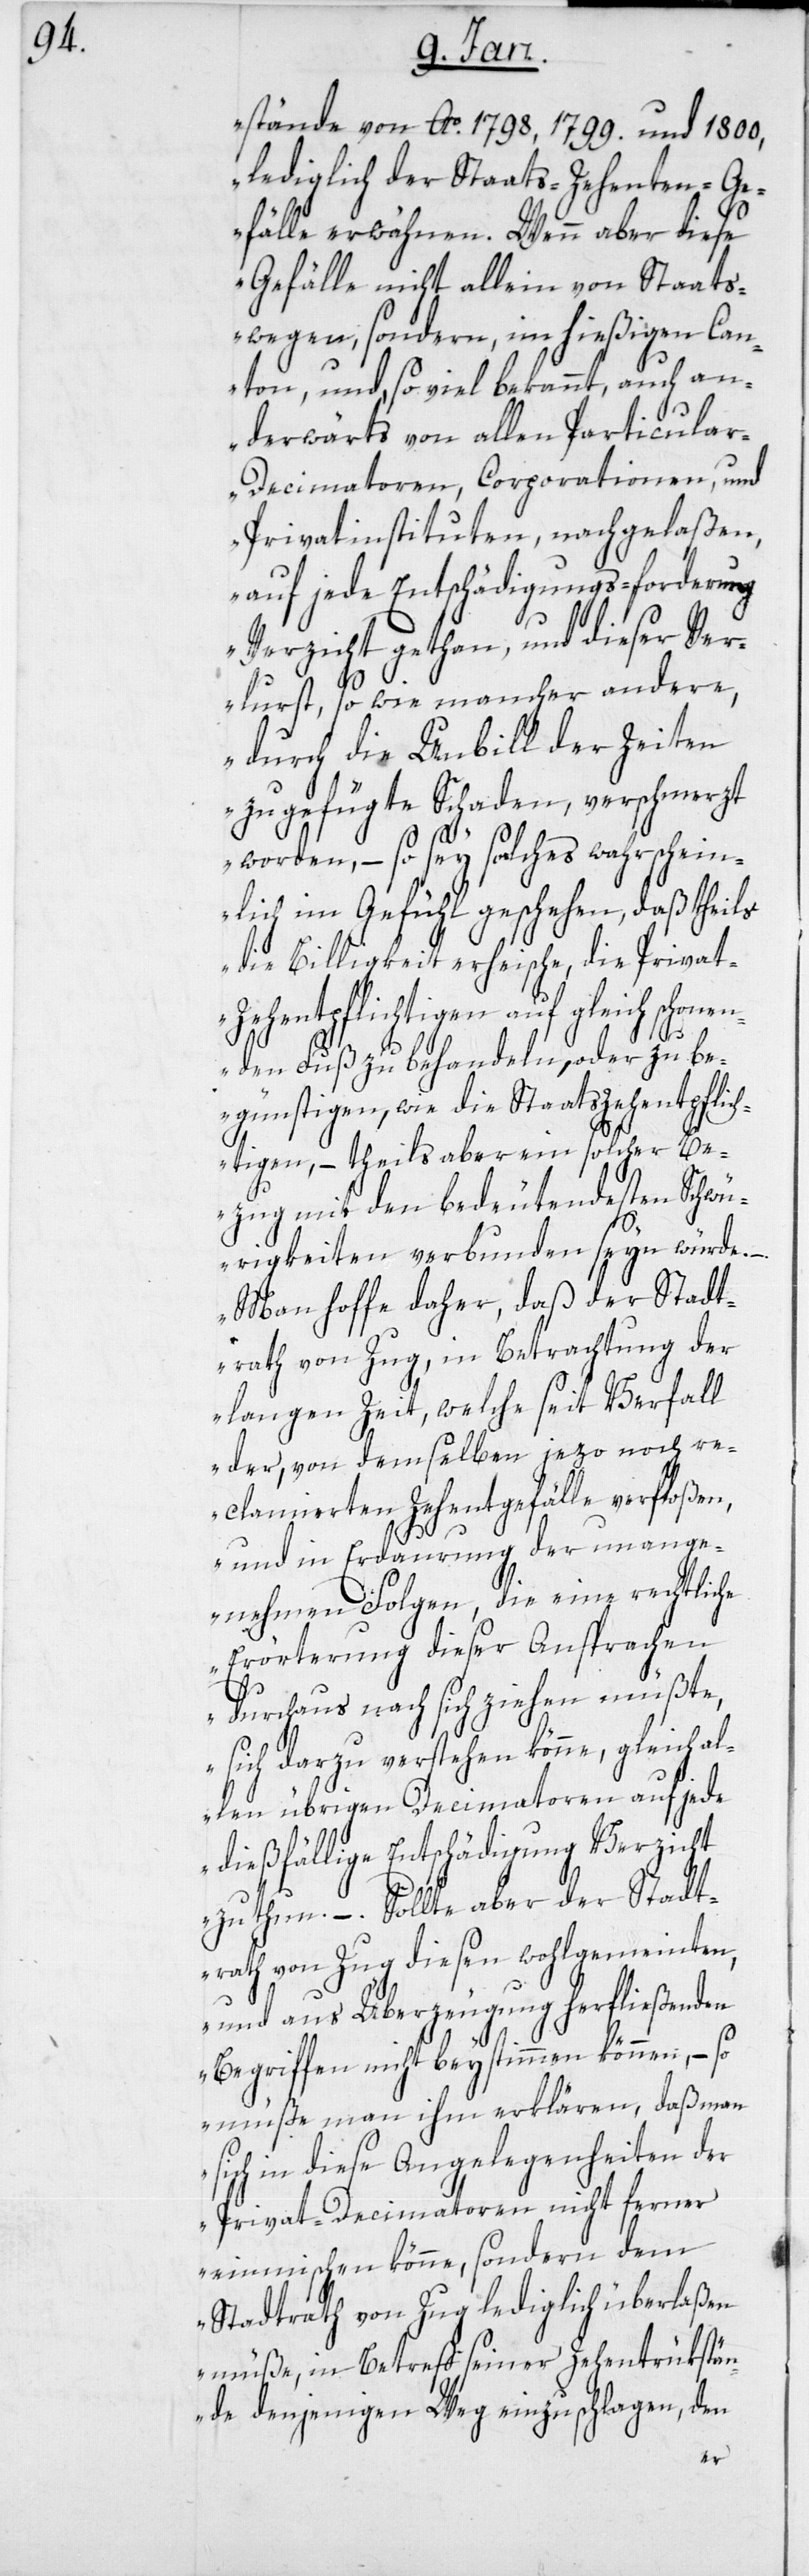
stände von Ao. 1798, 1799. und 1800,
lediglich der Staats-Zehenten Ge¬
fälle erwähnen. Wenn aber diese
Gefälle nicht allein von Staats¬
wegen, sondern, im hießigen Can¬
ton, und, soviel bekannt, auch an¬
derwärts von allen Particula¬
r-Decimatoren, Corporationen, und
Privatinstituten, nachgelaßen,
auf jede Entschädigungs-forderung
Verzicht gethan, und dieser Ver¬
lurst, so wie mancher andere,
durch die Unbill der Zeiten
zugefügte Schaden, verschmerzt
worden, – so sey solches wahrschein¬
lich im Gefühl geschehen, daß theils
die Billigkeit erheische, die Privat-Z¬
ehenpflichtigen auf gleich scho¬
nenden Fuß zu behandeln, oder zu be¬
günstigen, wie die Staatszehentpflich¬
tigen, – theils aber ein solcher Be¬
zug mit den bedeutendsten Schwü¬
rigkeiten verbunden seyn würde.
Man hoffe daher, daß der Stadt¬
rath von Zug, in Betrachtung der
langen Zeit, welche seit Verfall
der, von demselben jezo noch re¬
clamierten Zehentgefälle verfloßen,
und in Erdauerung der unange¬
nehmen Folgen, die eine rechtliche
Erörterung dieser Ansprachen
durchaus nach sich ziehen müßte,
sich darzu verstehen könne, gleich al¬
len übrigen Decimatoren auf jede
dießfällige Entschädigung Verzicht
zu thun. –Sollte aber der Stadt¬
rath von Zug diesen wohlgemeinten,
und aus Überzeugung herfließenden
Begriffen nicht beystimmen können, – so
müße man ihm erklären, daß man
sich in diese Angelegenheiten der
Privat-Decimatoren nicht ferner
einmischen könne, sondern dem
Stadtrath von Zug lediglich überlaßen
müße, in Betreff seiner Zehentrükstän¬
de denjenigen Weg einzuschlagen, den